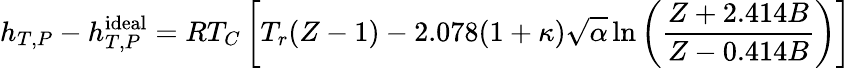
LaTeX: h_{T,P}-h_{T,P}^{\mathrm{ideal}}=RT_{C}\left[T_{r}(Z-1)-2.078(1+\kappa){\sqrt{\alpha}}\ln\left({\frac{Z+2.414B}{Z-0.414B}}\right)\right]